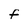
Character: F